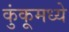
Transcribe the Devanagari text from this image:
कुंकूमध्ये